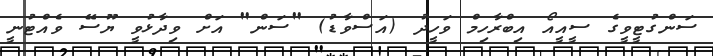
ސަންގުޓީވީގެ ސީއީއޯ އިބްރާހިމް ވަހީދު (އަސްވާޑު) "ސަން" އަށް ވިދާޅުވީ ޔޫސޭ ވެއްޓުނީ